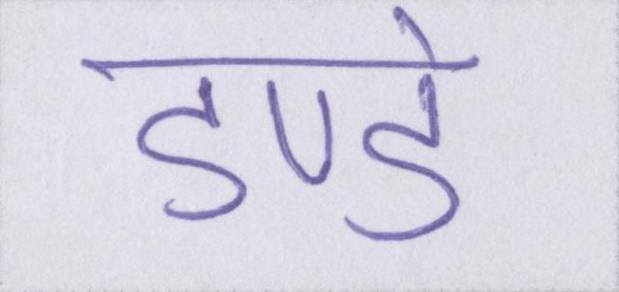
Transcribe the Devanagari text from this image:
डण्डे